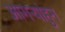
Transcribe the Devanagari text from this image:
आगर्‍यांहुन